Annual report of the Imperial Bacteriological Laboratory, Muktesar
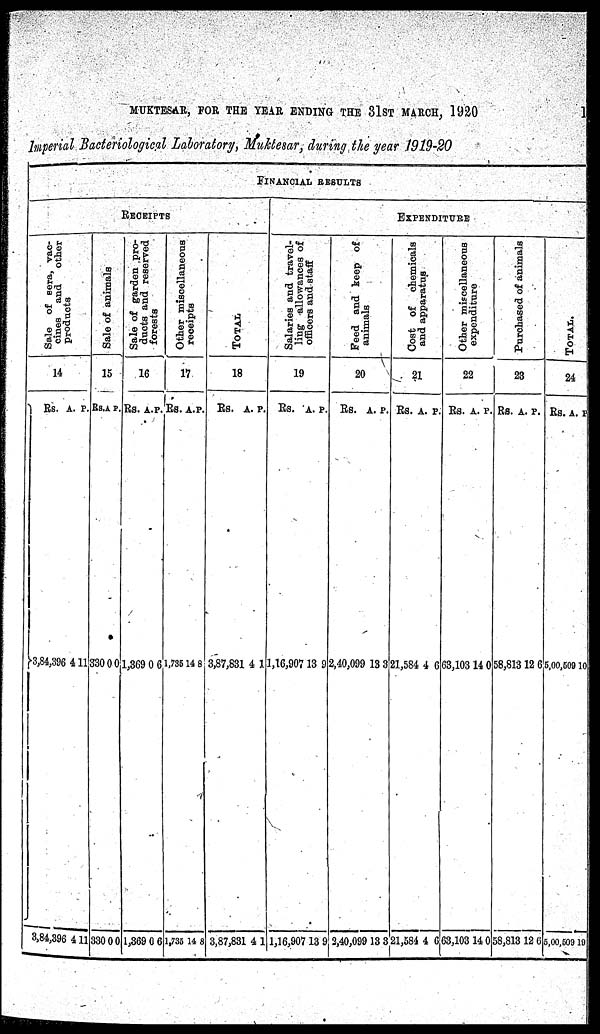
MUKTESAR, FOR THE YEAR ENDING THE 31ST MARCH, 1920
1
Imperial Bacteriological Laboratory, Muktesar, during the year 1919-20
FINANCIAL RESULTS
RECEIPTS
Sal e of s e r a , vac-
cines and other
products
14
Rs.
}3,84,396
3,84,396
A.
4
4
P.
11
11
Sal e of animals
15
Rs.
330
330
A.
0
0
P.
0
0
Sale of garden pr o-
duct s and reserved
f or est s
16
Rs.
1,369
1,369
A.
0
0
P.
6
6
Ot her miscellaneous
receipts
17
Rs.
1,735
1,735
A.
14
14
P.
8
8
TOTAL
18
Rs.
3,87,831
3,87,831
A.
4
4
P.
1
1
Sal ar i
es and t r avel -
ling allowances of
officers and staff
19
Rs.
1,16,907
1,16,907
A.
13
13
P.
9
9
EXPENDITURE
Feed and keep of
animals
20
Rs.
2,40,099
2,40,099
A.
13
13
P.
3
3
Cost of chemicals
and apparatus
21
Rs.
21,584
21,584
A.
4
4
P.
6
6
Ot her miscellaneous
expenditure
22
Rs.
63,103
63,103
A.
14
14
P.
0
0
Purchased of anima
23
Rs.
58,813
58,813
A.
12
12
P.
6
6
TOTAL.
24
Rs.
5,00,509
5,00,509
A. P.
10
10